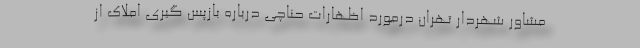
مشاور شهردار تهران درمورد اظهارات حناچی درباره بازپس گیری املاک از